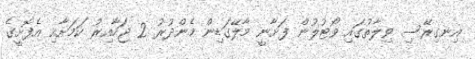
އިނގިރޭސި ވިލާތުގައި ވޯޓުލުން ފަށާނީ މާލޭގަޑިން މެންދުރު 2 ޖަހާއިރު ކަމަށާއި އެފޮށީގެ